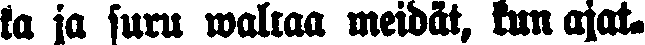
ka ja suru waltaa meidät, kun ajat.